Madras plague regulations and rules - Volume 2
Disease focus: Plague
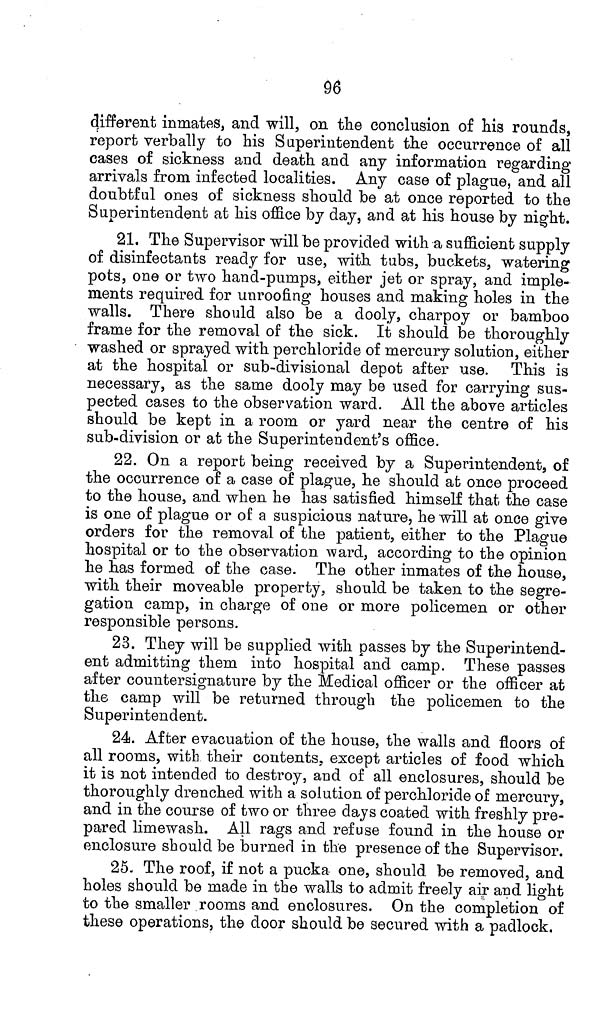
96
different inmates, and will, on the conclusion of his rounds,
report verbally to his Superintendent the occurrence of all
cases of sickness and death and any information regarding
arrivals from infected localities. Any case of plague, and all
doubtful ones of sickness should be at once reported to the
Superintendent at his office by day, and at his house by night.
21. The Supervisor will be provided with a sufficient supply
of disinfectants ready for use, with tubs, buckets, watering
pots, one or two hand-pumps, either jet or spray, and imple-
ments required for unroofing houses and making holes in the
walls. There should also be a dooly, charpoy or bamboo
frame for the removal of the sick. It should be thoroughly
washed or sprayed with perchloride of mercury solution, either
at the hospital or sub-divisional depot after use. This is
necessary, as the same dooly may be used for carrying sus-
pected cases to the observation ward. All the above articles
should be kept in a room or yard near the centre of his
sub-division or at the Superintendent's office.
22. On a report being received by a Superintendent, of
the occurrence of a case of plague, he should at once proceed
to the house, and when he has satisfied himself that the case
is one of plague or of a suspicious nature, he will at once give
orders for the removal of the patient, either to the Plague
hospital or to the observation ward, according to the opinion
he has formed of the case. The other inmates of the house,
with their moveable property, should be taken to the segre-
gation camp, in charge of one or more policemen or other
responsible persons.
23. They will be supplied with passes by the Superintend-
ent admitting them into hospital and camp. These passes
after countersignature by the Medical officer or the officer at
the camp will be returned through the policemen to the
Superintendent.
24. After evacuation of the house, the walls and floors of
all rooms, with their contents, except articles of food which
it is not intended to destroy, and of all enclosures, should be
thoroughly drenched with a solution of perchloride of mercury,
and in the course of two or three days coated with freshly pre-
pared limewash. All rags and refuse found in the house or
enclosure should be burned in the presence of the Supervisor.
25- The roof, if not a pucka one, should be removed, and
holes should be made in the walls to admit freely air and light
to the smaller rooms and enclosures. On the completion of
these operations, the door should be secured with a padlock.